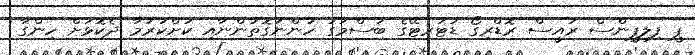
ޕީ ފިލިޕީންސް ރައީސް ރޮޑްރިގޯ ޑުޓަރޓޭގެ ބަސްމަގު ހުންނަގޮތުންނާއި ކުށްކުރުމާ ދެކޮޅަށް ހިންގާ